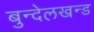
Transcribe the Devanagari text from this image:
बुन्देलखन्ड